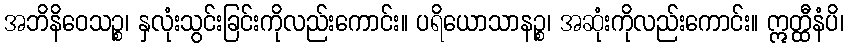
အဘိနိဝေသဉ္စ၊ နှလုံးသွင်းခြင်းကိုလည်းကောင်း။ ပရိယောသာနဉ္စ၊ အဆုံးကိုလည်းကောင်း။ ဣတ္ထီနံပိ၊